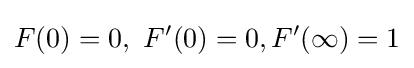
F(0)=0,\ F'(0)=0,F'(\infty )=1